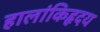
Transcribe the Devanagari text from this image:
हालांकिहृदय